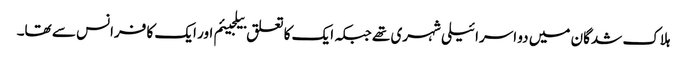
ہلاک شدگان میں دو اسرائیلی شہری تھے جبکہ ایک کا تعلق بیلجیئم اور ایک کا فرانس سے تھا۔